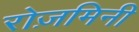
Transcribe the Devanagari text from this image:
रोज़मिनी